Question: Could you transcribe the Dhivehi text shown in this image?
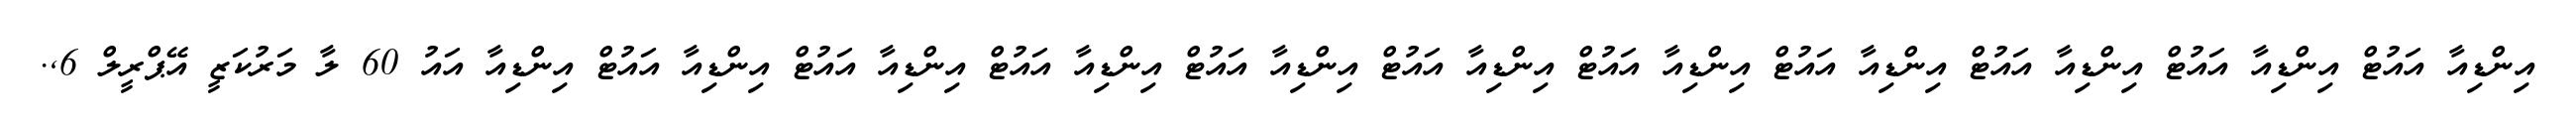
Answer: އިންޑިއާ އައުޓް އިންޑިއާ އައުޓް އިންޑިއާ އައުޓް އިންޑިއާ އައުޓް އިންޑިއާ އައުޓް އިންޑިއާ އައުޓް އިންޑިއާ އައުޓް އިންޑިއާ އައުޓް އިންޑިއާ އައުޓް އިންޑިއާ އައުޓް އިންޑިއާ އައު 60 ލާ މަރުކަޒީ އޭޕްރީލް 6,.